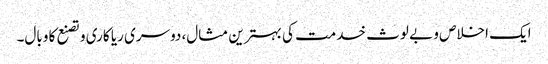
ایک اخلاص و بے لوث خدمت کی بہترین مثال، دوسری ریا کاری و تصنع کا وبال۔